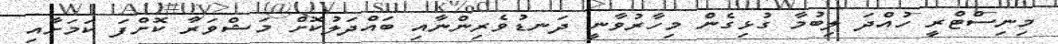
މިނިސްޓްރީ ހުއްދަ ލިބުމާ ގުޅިގެން މިހާރުވާނީ ދަނޑުވެރިންނާއި ބައްދަލުކޮށް މަޝްވަރާ ކޮށްފަ ކަމަށާއި